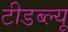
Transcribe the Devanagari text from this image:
टीडब्‍ल्‍यू